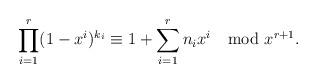
LaTeX: \begin{align*}\prod\limits_{i=1}^{r}(1-x^i)^{k_i}\equiv 1+\sum_{i=1}^{r}n_ix^i \mod x^{r+1}.\end{align*}